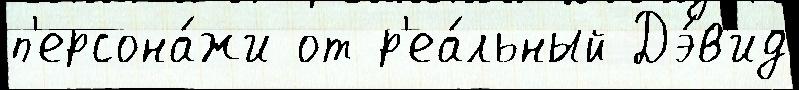
п'ерсона́жи от р'еа́льный Дэ́в'ид